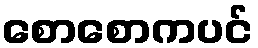
စောစောကပင်